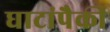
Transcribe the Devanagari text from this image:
घाटांपैकी